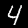
Label: 4